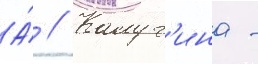
А́ // Калуг'ина -